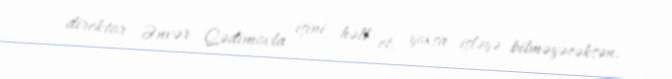
direktor Ənvər Qədimovla işini həll et, yoxsa işləyə bilməyəcəksən.